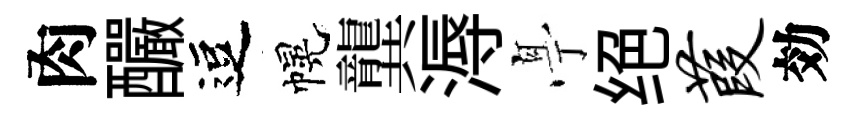
肉釅逗幌龔溽𠅘绝葭効